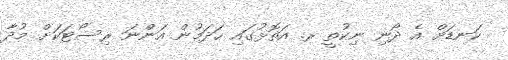
ކަނޑަށް އެ ދޯނި ނިކުތީ ރ. އަތޮޅުގައި ހަދަމުން އަންނަ ރިސޯޓަކަށް މުދާ